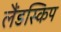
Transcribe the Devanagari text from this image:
लैंडस्किप